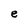
Character: e